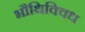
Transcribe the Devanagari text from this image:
भौथिक्विध